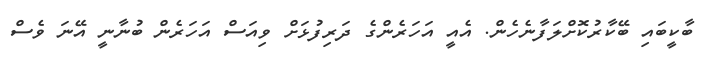
ބާކީބައި ބޭކާރުކޮށްލަފާނެހެން. އެއީ އަހަރެންގެ ދަރިފުޅަށް ވިއަސް އަހަރެން ބުނާނީ އޭނަ ވެސް